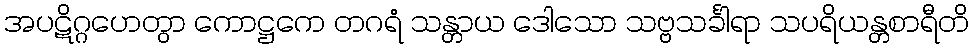
အပဋိဂ္ဂဟေတွာ ကောဋ္ဌကေ တဂရံ သန္တာယ ဒေါသော သဗ္ဗသင်္ခါရာ သပရိယန္တစာရီတိ